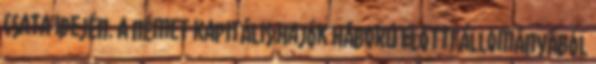
csata idején. A német kapitális hajók háború előtti állományából